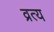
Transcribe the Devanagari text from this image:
व्रत्य